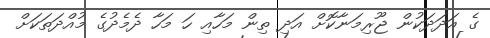
ގެ އަދަދަކުން ޖޫރިމަނާކޮށް އަދި ތިން މަހާއި ހަ މަހާ ދެމެދުގެ މުއްދަތަކަށް